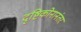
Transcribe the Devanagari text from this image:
दृष्टिकोनानंतर